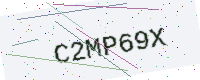
Text: C2MP69X